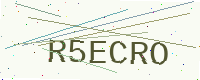
Text: R5ECRO